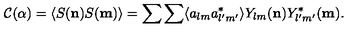
{ \mathcal C } ( \alpha ) = \langle S ( { \bf n } ) S ( { \bf m } ) \rangle = \sum \sum \langle a _ { l m } a _ { l ^ { \prime } m ^ { \prime } } ^ { * } \rangle Y _ { l m } ( { \bf n } ) Y _ { l ^ { \prime } m ^ { \prime } } ^ { * } ( { \bf m } ) .